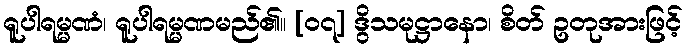
ရူပါရမ္မဏံ၊ ရူပါရမ္မဏမည်၏။ [၀၇] ဒွိသမုဋ္ဌာနော၊ စိတ် ဥတုအားဖြင့်